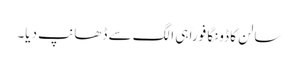
سالن کا ڈونگا فوراً ہی الگ سے ڈھانپ دیا۔